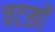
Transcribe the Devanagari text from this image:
चटखों